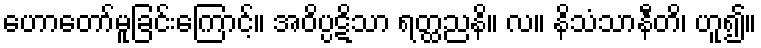
ဟောတော်မူခြင်းကြောင့်။ အဝိပ္ပဋိသာ ရတ္ထညနိ။ လ။ နိသံသာနီတိ၊ ဟူ၍။